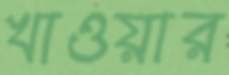
খাওয়ার